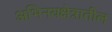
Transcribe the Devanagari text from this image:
अभिनयक्षेत्रातील